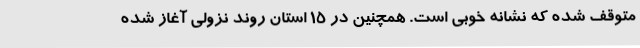
متوقف شده که نشانه خوبی است. همچنین در ۱۵ استان روند نزولی آغاز شده